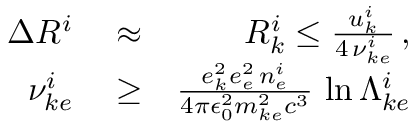
\begin{array} { r l r } { \Delta R ^ { i } } & { { } \approx } & { { \cal R } _ { k } ^ { i } \le \frac { u _ { k } ^ { i } } { 4 \, \nu _ { k e } ^ { i } } \, , } \\ { \nu _ { k e } ^ { i } } & { { } \ge } & { \frac { e _ { k } ^ { 2 } e _ { e } ^ { 2 } \, n _ { e } ^ { i } } { 4 \pi \epsilon _ { 0 } ^ { 2 } m _ { k e } ^ { 2 } c ^ { 3 } } \, \ln \Lambda _ { k e } ^ { i } } \end{array}